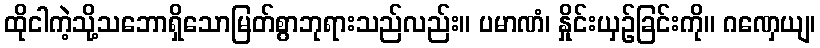
ထိုငါကဲ့သို့သဘောရှိသောမြတ်စွာဘုရားသည်လည်း။ ပမာဏံ၊ နှိုင်းယှဉ်ခြင်းကို။ ဂဏှေယျ၊